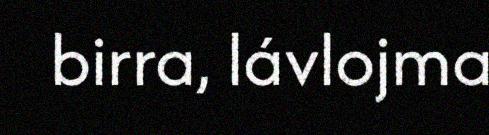
birra, lávlojma